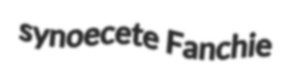
synoecete Fanchie